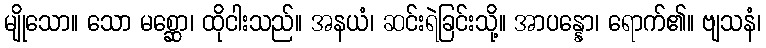
မျိုသော။ သော မစ္ဆော၊ ထိုငါးသည်။ အနယံ၊ ဆင်းရဲခြင်းသို့။ အာပန္နော၊ ရောက်၏။ ဗျသနံ၊